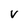
Character: V